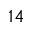
1 4